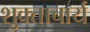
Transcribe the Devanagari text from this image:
शुक्ताचार्य